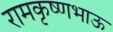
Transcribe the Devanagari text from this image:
रामकृष्णभाऊ